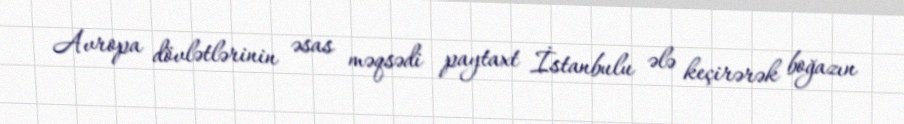
Avropa dövlətlərinin əsas məqsədi paytaxt İstanbulu ələ keçirərək boğazın